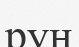
руң